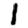
Digit: 1